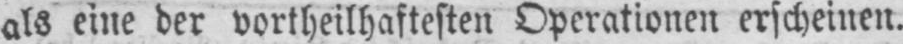
als eine der vorteilhaftesten Operationen erscheinen.